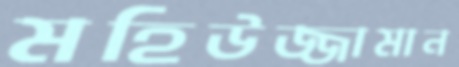
মহিউজ্জামান